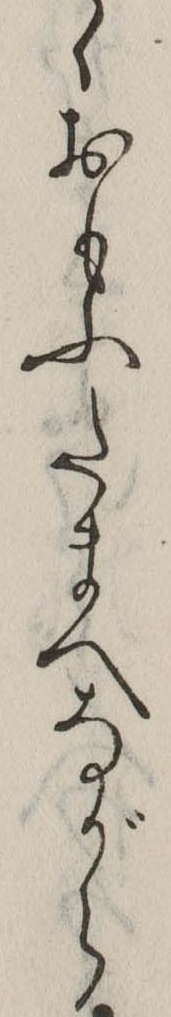
ゝおもふたまへながら